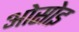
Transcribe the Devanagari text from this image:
ओसोइ